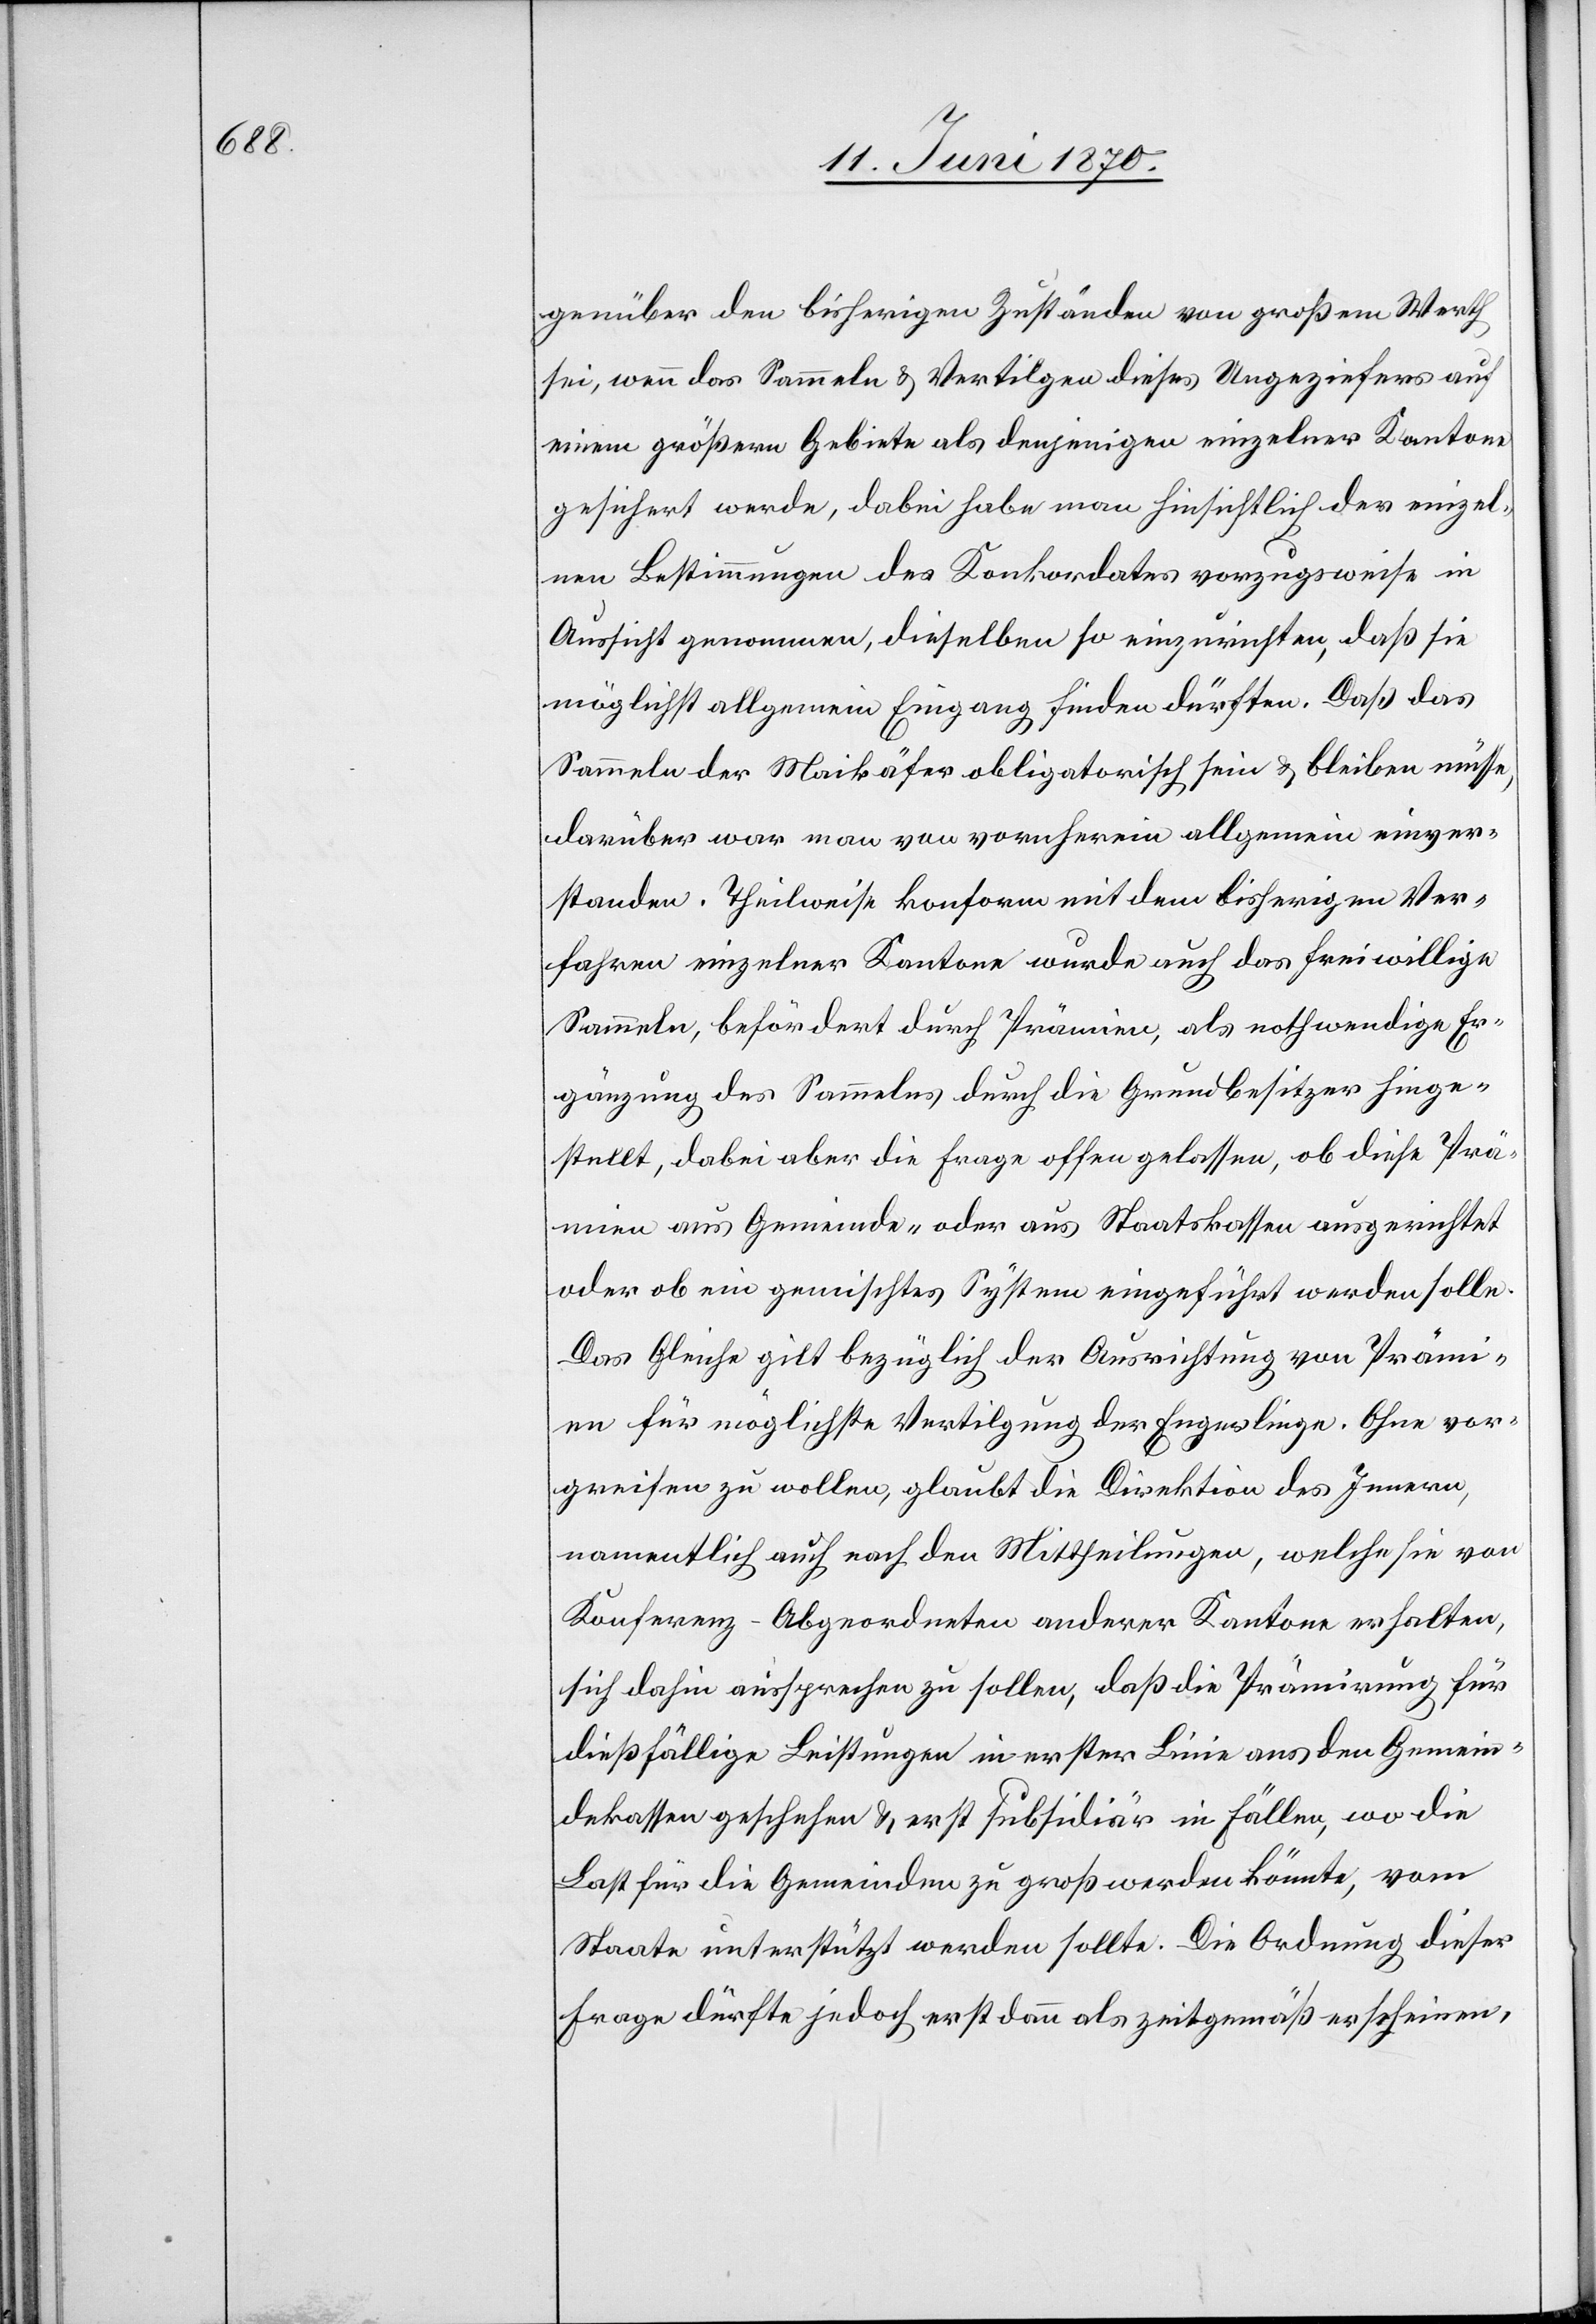
genüber den bisherigen Zuständen von großem Werth
sei, wenn das Sammeln & Vertilgen dieses Ungeziefers auf
einem größern Gebiet als denjenigen einzelner Kantone
gesichert werde, dabei habe man hinsichtlich der einzel¬
nen Bestimmungen des Konkordates vorzugsweise in
Aussicht genommen, dieselben so einzurichten, daß sie
möglichst allgemein Eingang finden dürften. Daß das
Sammeln der Maikäfer obligatorisch sein & bleiben müsse,
darüber war man von vornherein allgemein einver¬
standen. Theilweise konform mit dem bisherigen Ver¬
fahren einzelnen Kantone wurde auch das freiwillige
Sammeln, befördert durch Prämien, als nothwendige Er¬
gänzung des Sammelns durch die Grundbesitzer hinge¬
stellt, dabei aber die Frage offen gelassen, ob diese Prä¬
mien aus Gemeinde- oder aus Staatskassen ausgerichtet
oder ob ein gemischtes System eingeführt werden solle.
Das Gleiche gilt bezüglich der Ausrichtung von Prämi¬
en für möglichste Vertilgung der Engerlinge. Ohne vor¬
greifen zu wollen, glaubt die Direktion des Innern,
namentlich auch nach den Mittheilungen, welche sie von
Konferenz-Abgeordneten anderer Kantone erhalten,
sich dahin aussprechen zu sollen, daß die Prämirung für
dießfällige Leistungen in erster Linie aus den Gemein¬
dekassen geschehen & erst subsidiär in Fällen, wo die
Last für die Gemeinden zu groß werden könnte, vom
Staate unterstützt werden sollte. Die Ordnung dieser
Frage dürfte jedoch erst dann als zeitgemäß erscheinen,